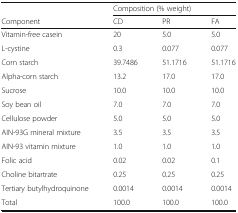
<table><thead><tr><td>[EMPTY_CELL]</td><td colspan="3"><b>Composition (% weight)</b></td></tr><tr><td><b>Component</b></td><td><b>CD</b></td><td><b>PR</b></td><td><b>FA</b></td></tr></thead><tbody><tr><td>Vitamin-free casein</td><td>20</td><td>5.0</td><td>5.0</td></tr><tr><td>L-cystine</td><td>0.3</td><td>0.077</td><td>0.077</td></tr><tr><td>Corn starch</td><td>39.7486</td><td>51.1716</td><td>51.1716</td></tr><tr><td>Alpha-corn starch</td><td>13.2</td><td>17.0</td><td>17.0</td></tr><tr><td>Sucrose</td><td>10.0</td><td>10.0</td><td>10.0</td></tr><tr><td>Soy bean oil</td><td>7.0</td><td>7.0</td><td>7.0</td></tr><tr><td>Cellulose powder</td><td>5.0</td><td>5.0</td><td>5.0</td></tr><tr><td>AIN-93G mineral mixture</td><td>3.5</td><td>3.5</td><td>3.5</td></tr><tr><td>AIN-93 vitamin mixture</td><td>1.0</td><td>1.0</td><td>1.0</td></tr><tr><td>Folic acid</td><td>0.02</td><td>0.02</td><td>0.1</td></tr><tr><td>Choline bitartrate</td><td>0.25</td><td>0.25</td><td>0.25</td></tr><tr><td>Tertiary butylhydroquinone</td><td>0.0014</td><td>0.0014</td><td>0.0014</td></tr><tr><td>Total</td><td>100.0</td><td>100.0</td><td>100.0</td></tr></tbody></table>